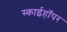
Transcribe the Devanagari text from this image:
स्काईहॉपर